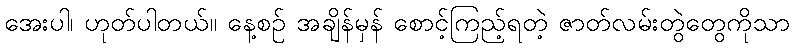
အေးပါ၊ ဟုတ်ပါတယ်။ နေ့စဉ် အချိန်မှန် စောင့်ကြည့်ရတဲ့ ဇာတ်လမ်းတွဲတွေကိုသာ